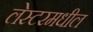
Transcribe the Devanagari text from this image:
लेस्टरमधील